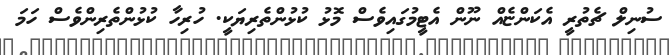
ސުނިލް ޗެތުރީ އެކަންޏެއް ނޫން އެޓީމުގައިވެސް މޮޅު ކުޅުންތެރިޔަކީ. ހުރިހާ ކުޅުންތެރިންވެސް ހަމަ